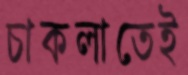
চাকলাতেই